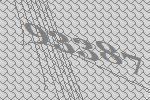
93387